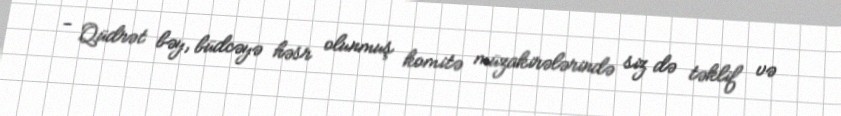
- Qüdrət bəy, büdcəyə həsr olunmuş komitə müzakirələrində siz də təklif və